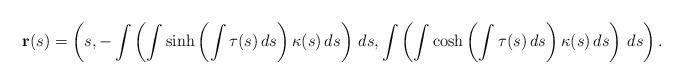
LaTeX: \begin{align*}\mathbf{r}(s)=\left( s,-\int \left( \int \sinh \left( \int \tau (s)\,ds\right) \kappa(s)\,ds\right) \,ds,\int \left( \int \cosh \left( \int \tau (s)\,ds\right)\kappa (s)\,ds\right) \,ds\right).\end{align*}